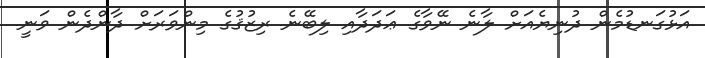
އަޅުގަނޑުމެން ދުނިޔެއަށް ލާނެ ނޭވާގެ ޢަދަދާއި ލިބޭނެ ރިޒުޤުގެ މިންވަރަށް ދާންދެން ވަނީ